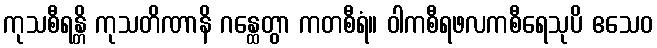
ကုသစီရန္တိ ကုသတိဏာနိ ဂန္ထေတွာ ကတစီရံ။ ဝါကစီရဖလကစီရေသုပိ ဧသေဝ